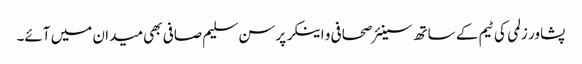
پشاور زلمی کی ٹیم کے ساتھ سینئر صحافی و اینکر پرسن سلیم صافی بھی میدان میں آئے۔